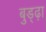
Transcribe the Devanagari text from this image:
बुड्ढ़ा